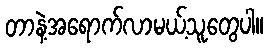
တာနဲ့အရောက်လာမယ့်သူတွေပါ။